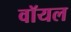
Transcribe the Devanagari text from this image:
वॉयल